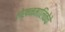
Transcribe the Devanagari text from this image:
लेखनमालिकेचे